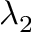
\lambda _ { 2 }